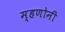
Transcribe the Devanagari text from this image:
म्हणोनी